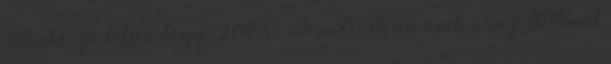
Penke, & Asendorpf, 2008 . Természetesen ezek nem feltétlenül